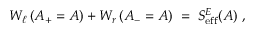
W _ { \ell } \left( A _ { + } = A \right) + W _ { r } \left( A _ { - } = A \right) \; = \; S _ { \mathrm { e f f } } ^ { E } ( A ) ~ ,